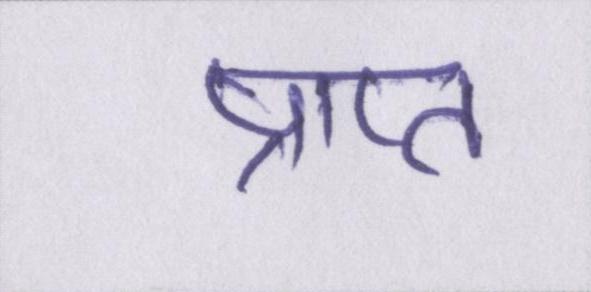
प्राप्त